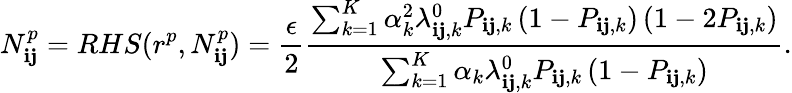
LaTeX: N_{\mathbf{i}\mathbf{j}}^{p}=RHS(r^{p},N_{\mathbf{i}\mathbf{j}}^{p})=\frac{{\epsilon}}{{2}}\frac{{\sum_{k=1}^{K}\alpha_{k}^{2}\lambda_{\mathbf{i}\mathbf{j},k}^{0}P_{\mathbf{i}\mathbf{j},k}\left(1-P_{\mathbf{i}\mathbf{j},k}\right)\left(1-2P_{\mathbf{i}\mathbf{j},k}\right)}}{{\sum_{k=1}^{K}\alpha_{k}\lambda_{\mathbf{i}\mathbf{j},k}^{0}P_{\mathbf{i}\mathbf{j},k}\left(1-P_{\mathbf{i}\mathbf{j},k}\right)}}.